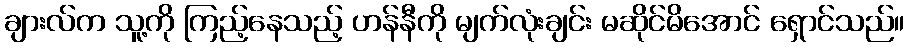
ချားလ်က သူ့ကို ကြည့်နေသည့် ဟန်နီကို မျက်လုံးချင်း မဆိုင်မိအောင် ရှောင်သည်။